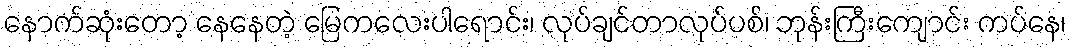
နောက်ဆုံးတော့ နေနေတဲ့ မြေကလေးပါရောင်း၊ လုပ်ချင်တာလုပ်ပစ်၊ ဘုန်းကြီးကျောင်း ကပ်နေ၊